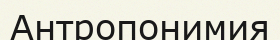
Антропонимия